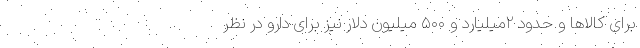
برای کالاها و حدود ۲میلیارد و ۵۰۰ میلیون دلار نیز برای دارو در نظر